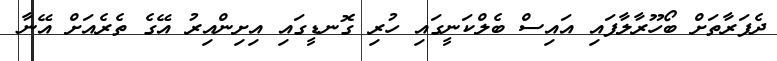
ދެފަރާތަށް ބޯހޫރާލާފައި އައިސް ބެލްކަނީގައި ހުރި ގޮނޑީގައި އިށިންއިރު އޭގެ ތެރެއަށް އޭނާ